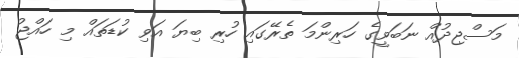
މަސްޖިދުއް ނަބަވީގެ ހަރިންމަ ތެރޭގައި ހުރި ބިޔަ އަވި ކުޑަތައް މި ހައްޖު